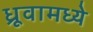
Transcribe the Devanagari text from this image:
ध्रूवामध्ये